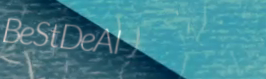
BeStDeAl